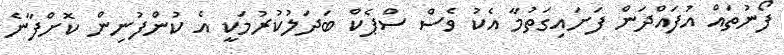
ފޯނުތައް އުފައްދަން ފަށައިގަތުމާ އެކު ވެސް ސްޕެކް ބަދަލުކުރުމަކީ އެ ކުންފުނިން ކޮށްފާނެ